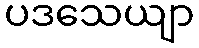
ပဒသေယျာ